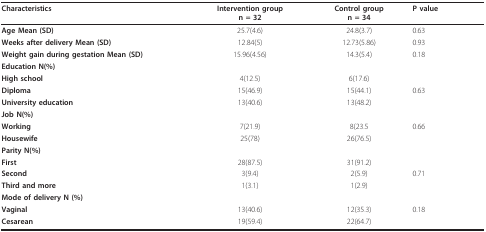
<table><thead><tr><td><b>Characteristics</b></td><td><b>Intervention groupn = 32</b></td><td><b>Control groupn = 34</b></td><td><b>P value</b></td></tr></thead><tbody><tr><td><b>Age Mean (SD)</b></td><td>25.7(4.6)</td><td>24.8(3.7)</td><td>0.63</td></tr><tr><td><b>Weeks after delivery Mean (SD)</b></td><td>12.84(5)</td><td>12.73(5.86)</td><td>0.93</td></tr><tr><td><b>Weight gain during gestation Mean (SD)</b></td><td>15.96(4.56)</td><td>14.3(5.4)</td><td>0.18</td></tr><tr><td><b>Education N(%)</b></td><td></td><td></td><td></td></tr><tr><td><b>High school</b></td><td>4(12.5)</td><td>6(17.6)</td><td></td></tr><tr><td><b>Diploma</b></td><td>15(46.9)</td><td>15(44.1)</td><td>0.63</td></tr><tr><td><b>University education</b></td><td>13(40.6)</td><td>13(48.2)</td><td></td></tr><tr><td><b>Job N(%)</b></td><td></td><td></td><td></td></tr><tr><td><b>Working</b></td><td>7(21.9)</td><td>8(23.5</td><td>0.66</td></tr><tr><td><b>Housewife</b></td><td>25(78)</td><td>26(76.5)</td><td></td></tr><tr><td><b>Parity N(%)</b></td><td></td><td></td><td></td></tr><tr><td><b>First</b></td><td>28(87.5)</td><td>31(91.2)</td><td></td></tr><tr><td><b>Second</b></td><td>3(9.4)</td><td>2(5.9)</td><td>0.71</td></tr><tr><td><b>Third and more</b></td><td>1(3.1)</td><td>1(2.9)</td><td></td></tr><tr><td><b>Mode of delivery N (%)</b></td><td></td><td></td><td></td></tr><tr><td><b>Vaginal</b></td><td>13(40.6)</td><td>12(35.3)</td><td>0.18</td></tr><tr><td><b>Cesarean</b></td><td>19(59.4)</td><td>22(64.7)</td><td></td></tr></tbody></table>